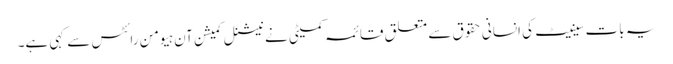
یہ بات سینیٹ کی انسانی حقوق سے متعلق قائمہ کمیٹی نے نیشنل کمیشن آن ہیومن رائٹس سے کہی ہے۔